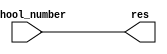
module in_port(school_number, res);
    //  I/O 
    //  32 

    input [31: 0] school_number;
    // 
    output  [31: 0]     res;
    //  32 

    wire    [31: 0]     res;
	
    assign res = school_number;

endmodule